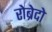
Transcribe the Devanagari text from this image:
रोब्रेदो